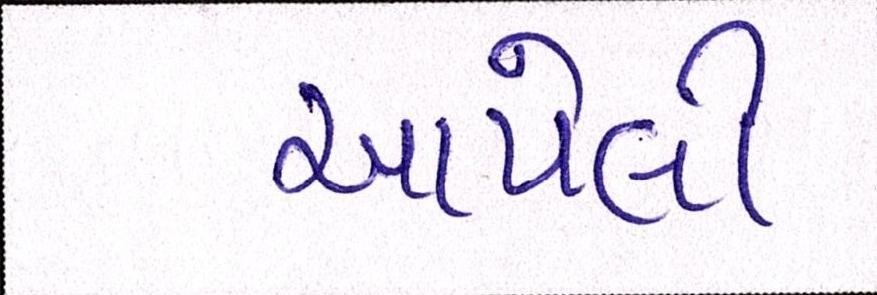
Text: આપેલી